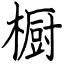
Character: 橱